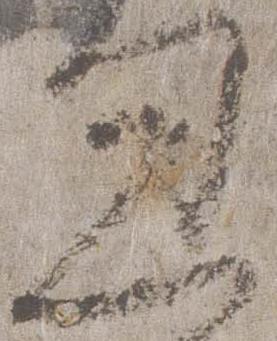
忽